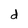
Character: d